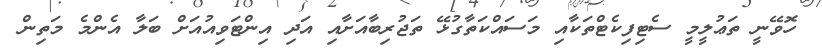
ހޮވޭނީ ތަޢުލީމީ ސެޓިފިކެޓްތަކާއި މަސައްކަތާގުޅޭ ތަޖުރިބާއަށާއި އަދި އިންޓަވިއުއަށް ބަލާ އެންމެ މަތިން